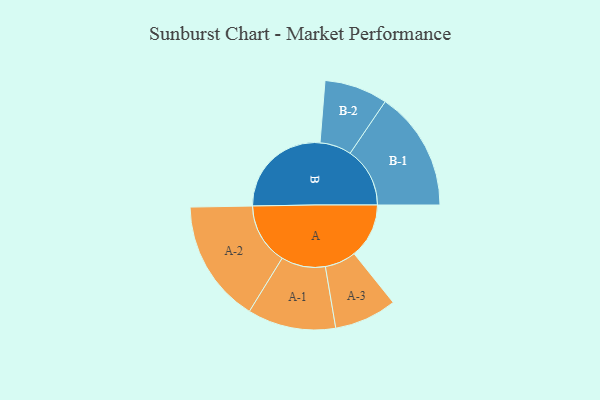
{"axis": {"x": "Segment", "y": "Value"}, "legend": ["", "A", "B"], "data": [{"x": "A", "y": 267, "type": ""}, {"x": "B", "y": 498, "type": ""}, {"x": "A-1", "y": 215, "type": "A"}, {"x": "A-2", "y": 299, "type": "A"}, {"x": "A-3", "y": 152, "type": "A"}, {"x": "B-1", "y": 291, "type": "B"}, {"x": "B-2", "y": 154, "type": "B"}]}